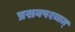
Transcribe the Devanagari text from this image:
प्रसवपश्चात्